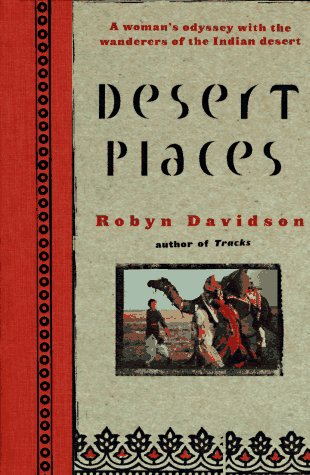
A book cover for Desert Places; Robyn Davidson; Travel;